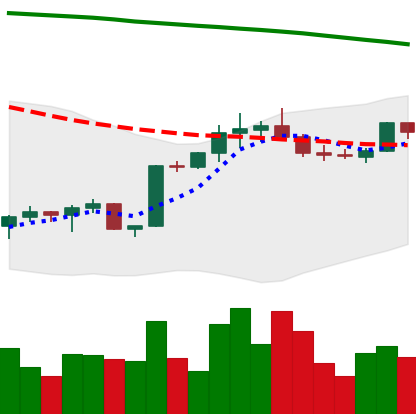
Ticker: BTC-USD
Chart end date: 2022-02-16
Forward return: -15.665%
Label: down_7plus